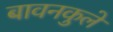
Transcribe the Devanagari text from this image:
बावनकुले